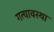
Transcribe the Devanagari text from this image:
गत्यावस्था